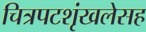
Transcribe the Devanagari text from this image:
चित्रपटशृंखलेसह